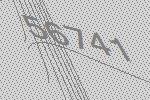
56741